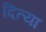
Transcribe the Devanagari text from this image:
दित्या